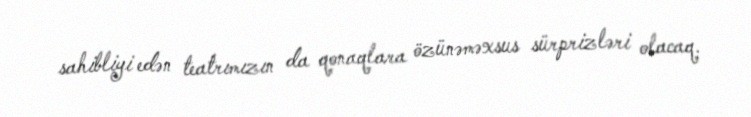
sahibliyi edən teatrımızın da qonaqlara özünəməxsus sürprizləri olacaq.